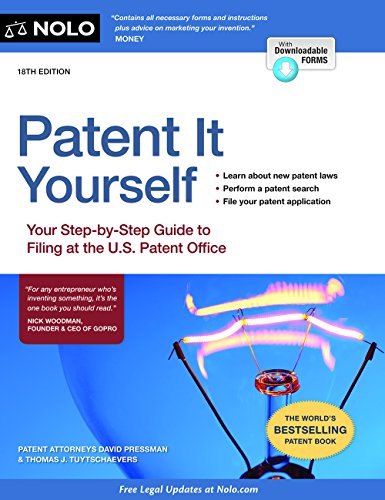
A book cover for Patent It Yourself: Your Step-by-Step Guide to Filing at the U.S. Patent Office; David Pressman Attorney; Law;